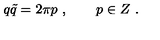
q \tilde { q } = 2 \pi p \ , \qquad p \in Z \ .